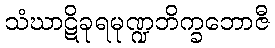
သံဃာဋိခုရမုဏ္ဍဘိက္ခဘောဇီ